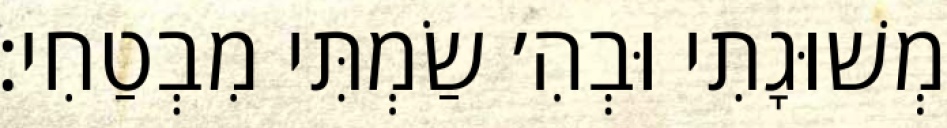
מְשׁוּגָתִי וּבְהִ׳ שַׂמְתִּי מִבְטַחִי: